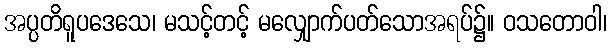
အပ္ပတိရူပဒေသေ၊ မသင့်တင့် မလျှောက်ပတ်သောအရပ်၌။ ဝသတောဝါ၊